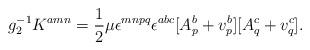
LaTeX: \begin{align*}g_2^{-1}K^{amn} = \frac{1}{2}\mu\epsilon^{mnpq}\epsilon^{abc}[A_p^b +v_p^b][A_q^c + v_q^c].\end{align*}